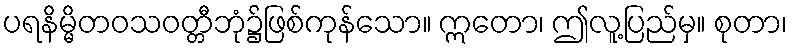
ပရနိမ္မိတဝသဝတ္တီဘုံ၌ဖြစ်ကုန်သော။ ဣတော၊ ဤလူ့ပြည်မှ။ စုတာ၊